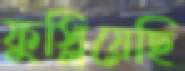
ফুস্‌লিয়েছি